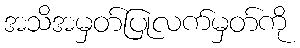
အသိအမှတ်ပြုလက်မှတ်ကို